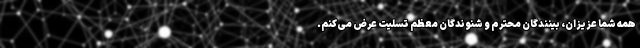
همه شما عزیزان، بینندگان محترم و شنوندگان معظم تسلیت عرض می‌کنم.